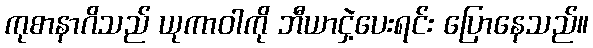
ကုစာနာဂိသည် ယုကာဝါကို ဘီယာငှဲ့ပေးရင်း ပြောနေသည်။